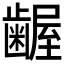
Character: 𮯎